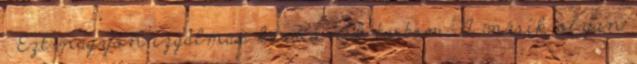
. Ezt nagyon izgalmas kérdésnek tartom. A másik olyan